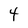
Character: 4